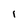
Character: 1